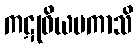
ကဋုဝိယမကာသိ